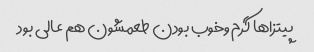
پیتزا‌ها گرم وخوب بودن طعمشون هم عالی بود